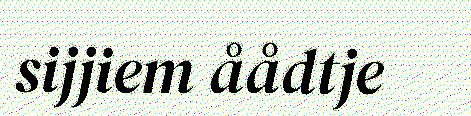
sijjiem åådtje